Annual administration and progress report of the Indian Medical Department, Bombay
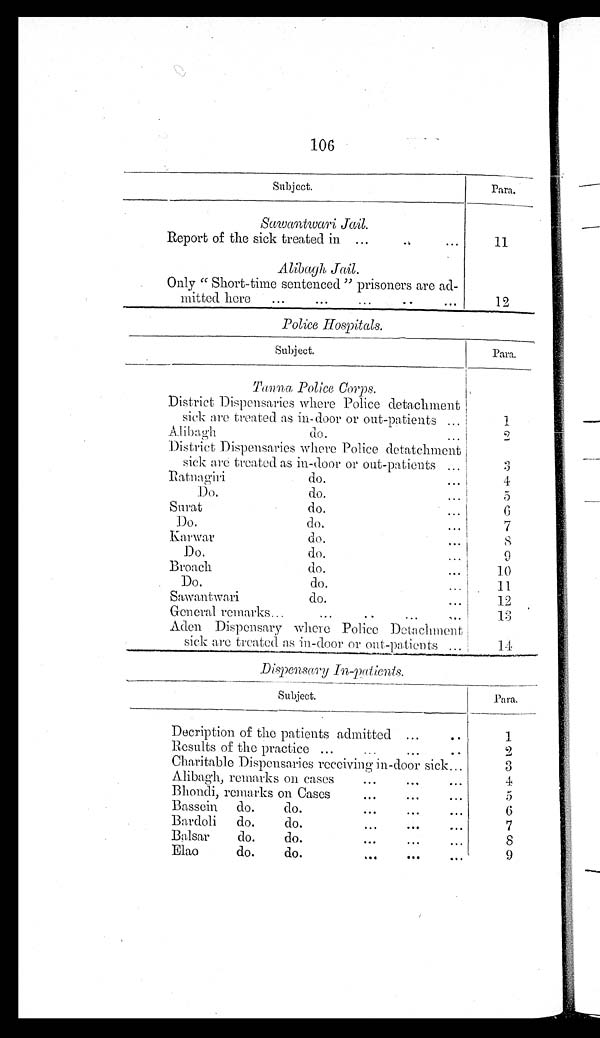
106
Subject.
Para.
Sawantwari Jail.
Report of the sick treated in ...
...
11
Alibagh Jail.
Only " Short-time sentenced " prisoners are ad-
mitted here
...
...
. . .
12
Police Hospitals.
Subject.
Para.
Tanna Police Corps.
District Dispensaries where Police detachment
sick are treated as in-door or out-patients ...
1
Alibagh
do.
...
2
District Dispensaries where Police detatchment
sick are treated as in-door or out-patients ...
3
Ratnagiri
do.
...
4
Do.
do....
5
Surat
do.
...
6
Do.
do.
...
7
Karwar
do.
8
Do.
do.
9
Broach
do.
1 0
Do.
do.
1 1
Sawantwari
do.
...
12
General remarks...
...
...
...
13
Aden Dispensary where Police Detachment
sick are treated as in-door or out-patients .
14
Dispensary In-patients.
Subject.
Para.
Decription of the patients admitted ...
. .
1
Results of the practice...
2
Charitable Dispensaries receiving in-door sick...
3
Alibagh, remarks on cases... ...
4
Bhondi, remarks on Cases...
...
5
Bassein
do.
do.
...
...
...
6
Bardoli
do.
do.
...
...
7
Balsar
do.
do.
...
...
8
Elao
do.
do.
... ...
...
9